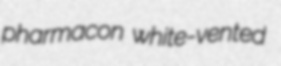
pharmacon white-vented